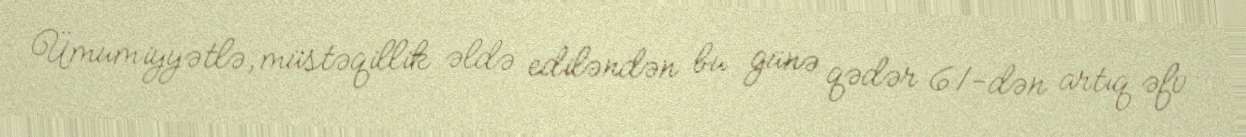
Ümumiyyətlə, müstəqillik əldə ediləndən bu günə qədər 61-dən artıq əfv